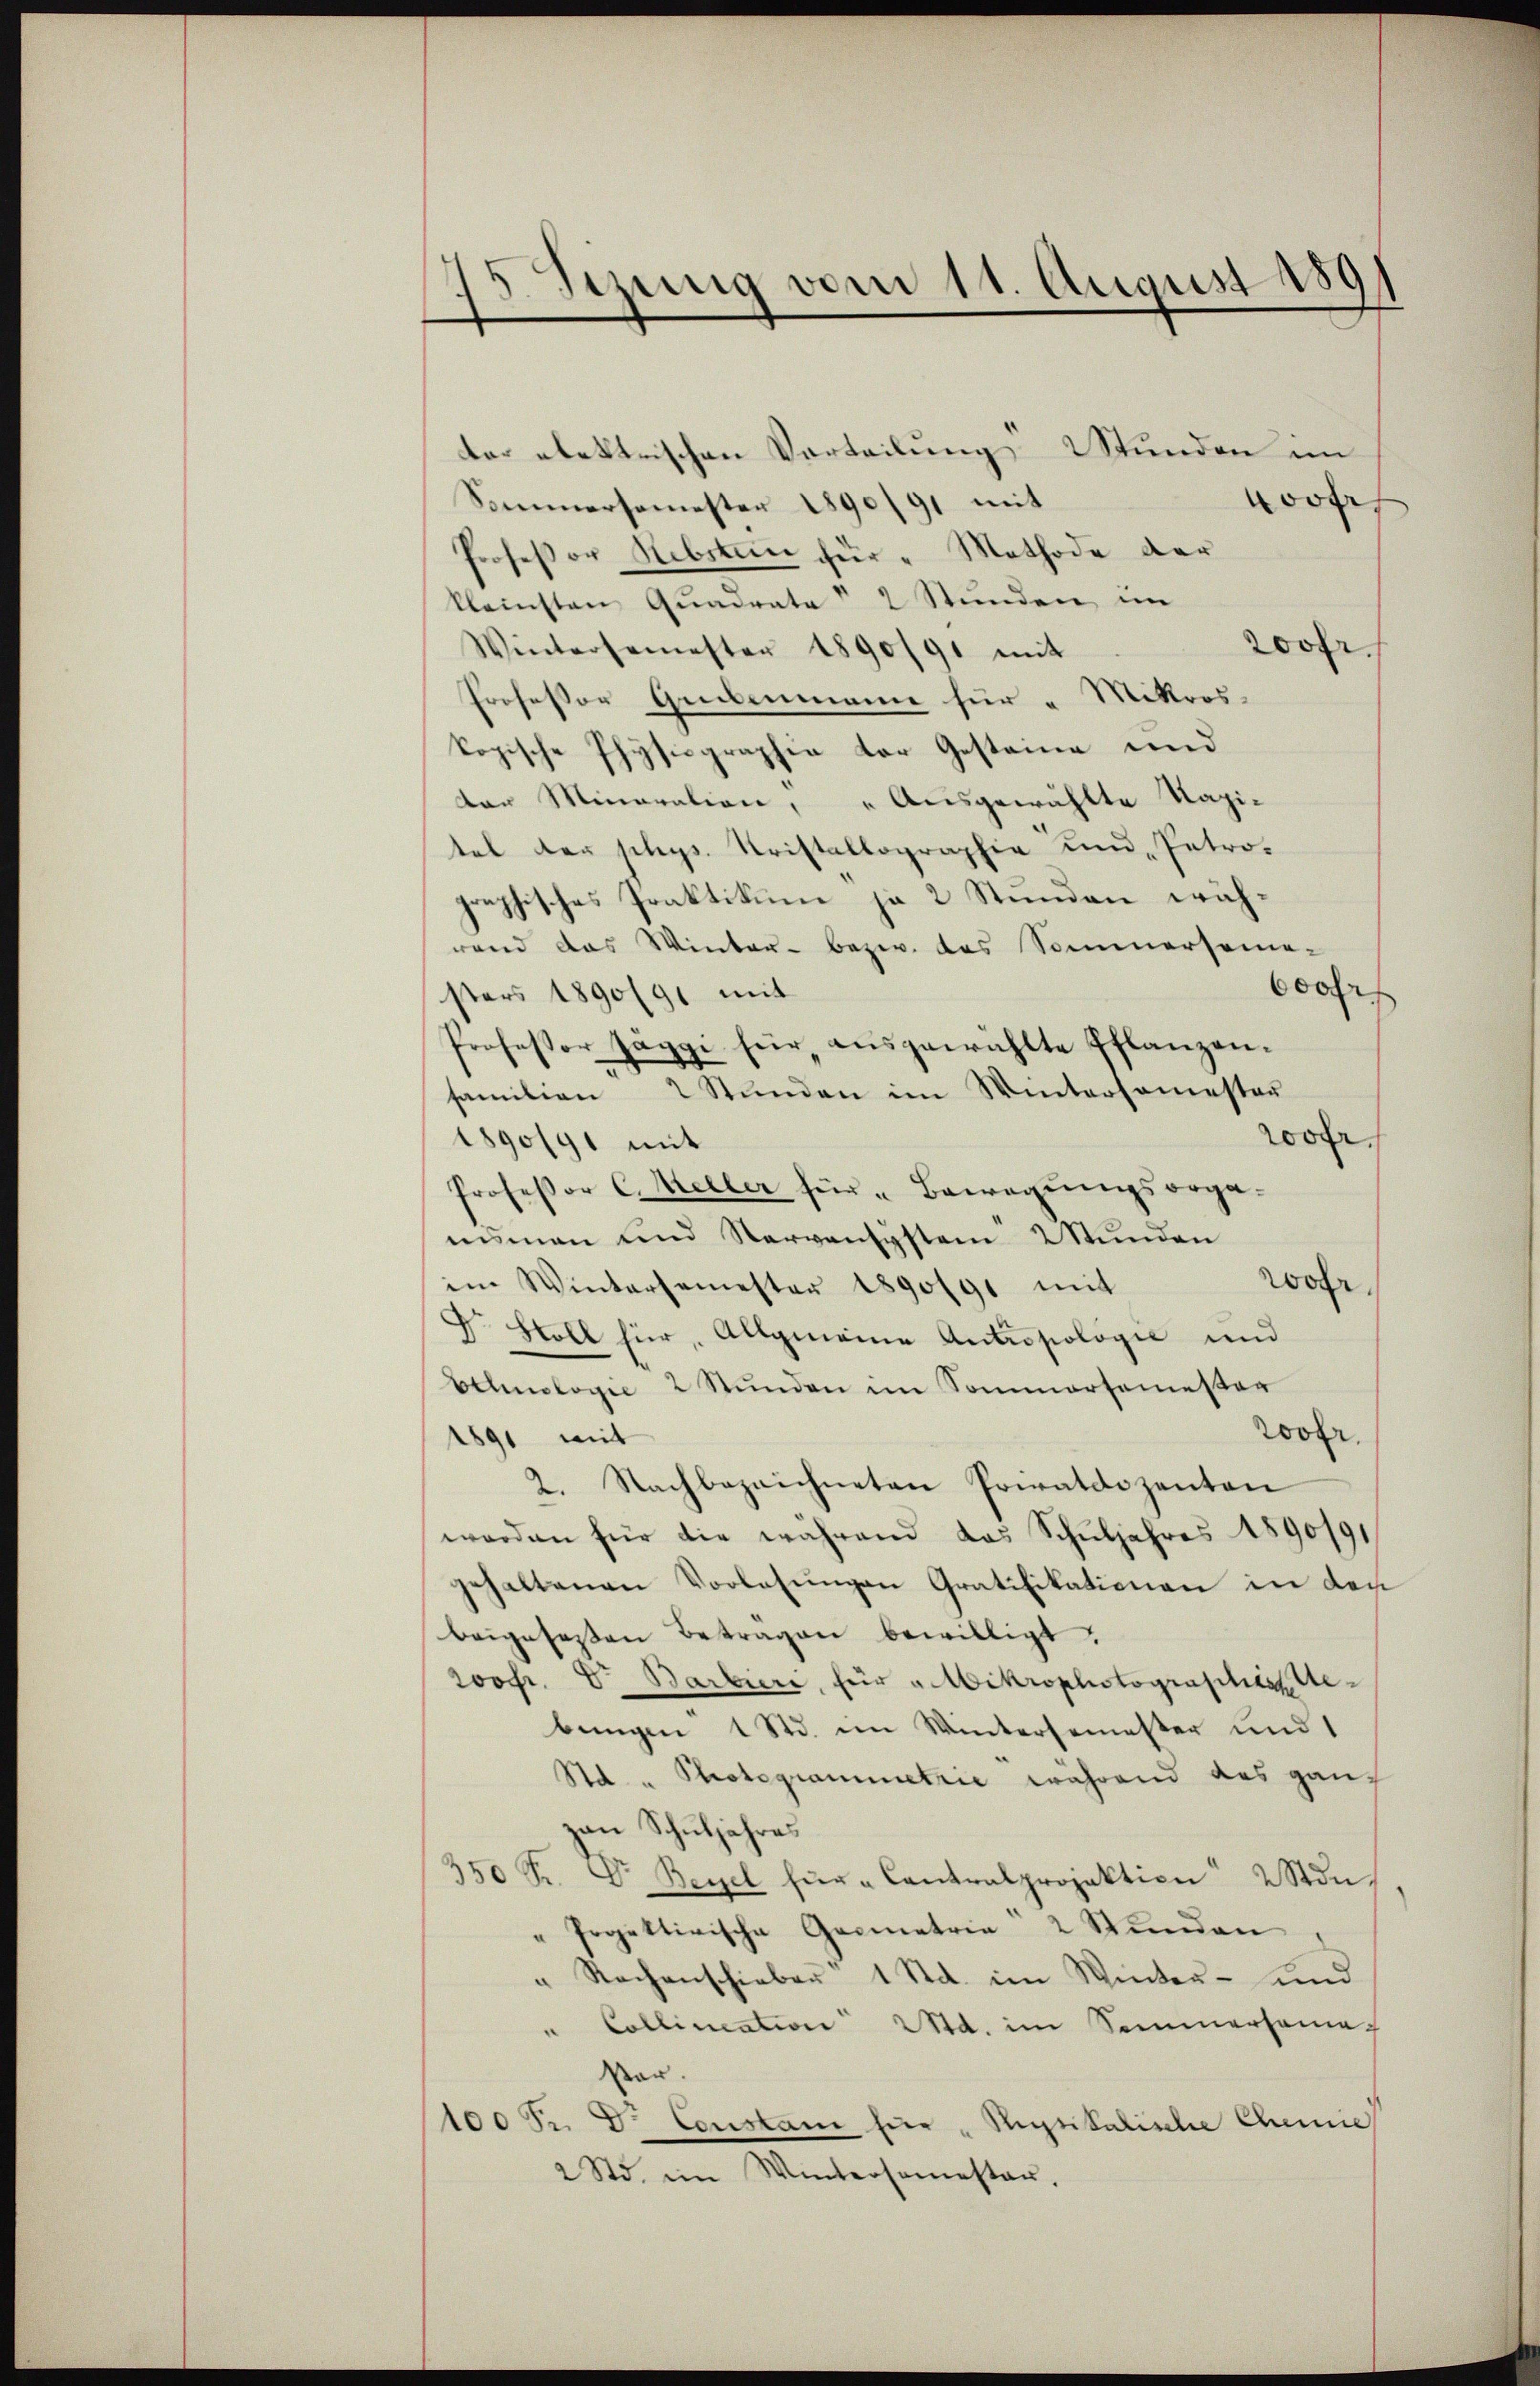
15. Sezung vom 11. August 1891

der elektrischen Vorteilung Wunden im
on |
Sommersemester 1890/91 mit
Profeßor Hebsten für " Methode der
kleinsten Qŭadrate " 2 Stŭnden im
200fr.
Wintersemester 1890/91 mit
Professor Gebenmann für " Mikros.
kopische Physiographie der Gesteine und
der Minoration, "Ausgewählte Kapi-
tel der phys. Kristallographie und „Petrographisches Praktikum ja 2 Stunden währand das Winter- bezw. das Sommerseme-
600fr.
sters 1890/91 mit
Professor Jäggi für aŭsgewählte Pflanzen-
familien 2 Stŭnden im Wintersamester
wohr.
1890/91 mit
Professor C. Meller für " Bewegungsorga-
misman und Nervensystem 2 Stŭnden
wohr
im Wintersemester 1890191 mit
Dr. Stoll für Allgemeine Antropologie und
Echnologie 2 Stŭnden im Sommersemester
rover
1891 mit
2. Nachbezeichneten Privatdozenten
worden für die während das Schŭljahres 1890191
schaltenen Vorlesungen Gratifikationen in den
beigeseßen Betragen bewilligt.
soofr. Dr Barbiere, für " Mikrophotographiebungen 1 Std. im Wintersemester und 1
Std. " Photogrammetrie während das ganz
zan Schuljahres
350 Fr. Dr. Bezel für " Cantralprojektion 2 Stde.
Pogettivische Geometrie 2 Stŭnden
Rachenschieber 1 Std. im Winter- und
Collincation d. im Sommersame
ser.
100 Fr. D. Constani für "Rutikalische Chemie
2 Std. im Wintersamesten.